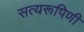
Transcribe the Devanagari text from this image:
सत्यरूपिणी